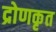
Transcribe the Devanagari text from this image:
द्रोणकृत